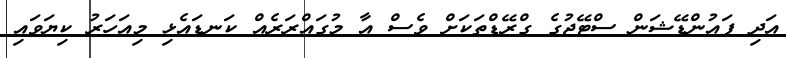
އަދި ފައުންޑޭޝަން ސްޓޭޖުގެ ގްރޭޑްތަކަށް ވެސް އާ މުގައްރަރެއް ކަނޑައެޅި މިއަހަރު ކިޔަވައި